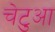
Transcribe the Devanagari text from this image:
चेटुआ